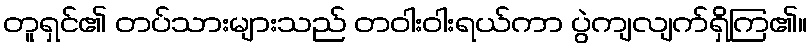
တူရှင်၏ တပ်သားများသည် တဝါးဝါးရယ်ကာ ပွဲကျလျက်ရှိကြ၏။